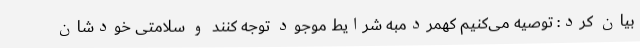
بیان کرد: توصیه می‌کنیم کهمردمبه شرایط موجود توجه کنند و سلامتی خودشان